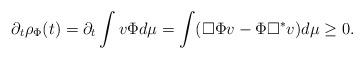
LaTeX: \begin{align*}\partial_{t}\rho_{\Phi}(t)=\partial_{t}\int v\Phi d\mu=\int (\Box{\Phi}v-\Phi\Box^{\ast}v)d\mu \geq 0.\end{align*}